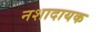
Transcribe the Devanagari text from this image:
नशादायक